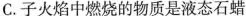
C.子火焰中燃烧的物质是液态石蜡